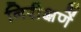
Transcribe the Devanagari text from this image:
निरीक्षणें